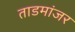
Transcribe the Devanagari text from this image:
ताडमांजर